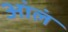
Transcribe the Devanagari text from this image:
आंलं